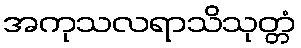
အကုသလရာသိသုတ္တံ